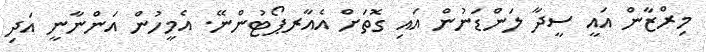
މިރްޒާން އައީ ސީދާ ލަންޑަނުން އައި ގޮތަށް އެއާރޕޯޓުންނޭ. އެމީހުން އަންނާނީ އަދި